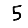
Digit: 5